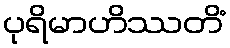
ပုရိမာဟိဿတိံ